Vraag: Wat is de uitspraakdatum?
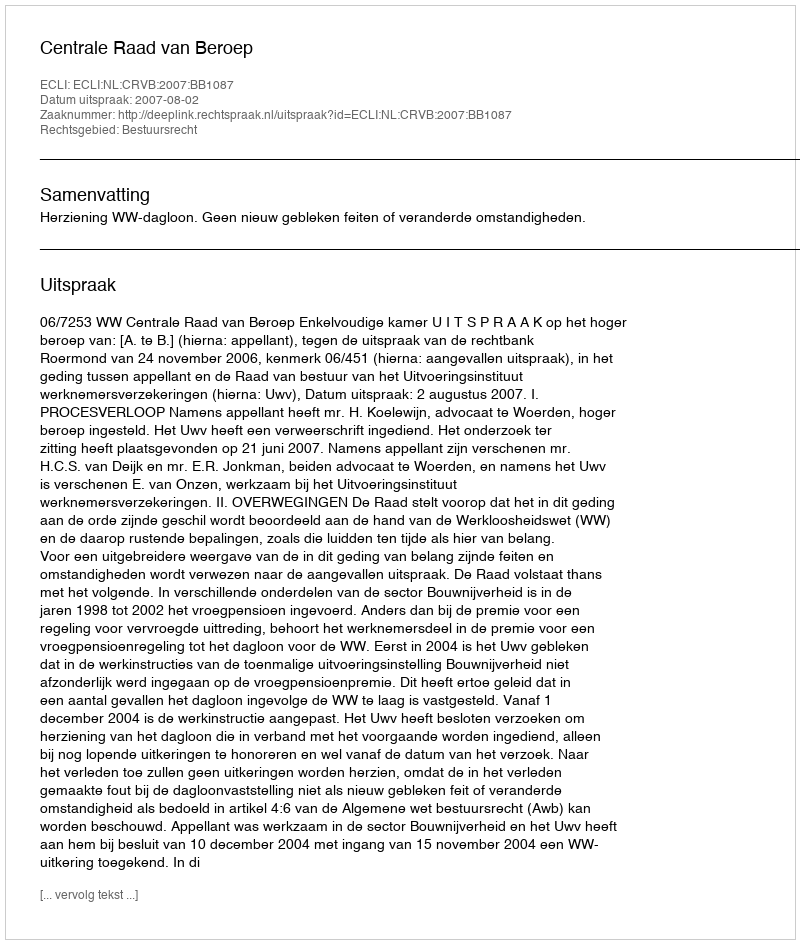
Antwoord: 2007-08-02